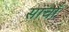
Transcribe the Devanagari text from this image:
साचाँ